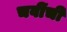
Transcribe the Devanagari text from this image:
चवींची